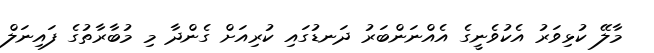
މާލޭ ކުޅިވަރު އެކުވެނީގެ އެއްނަންބަރު ދަނޑުގައި ކުރިއަށް ގެންދާ މި މުބާރާތުގެ ފައިނަލް